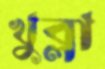
খুব্‌লা